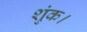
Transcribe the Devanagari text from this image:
शुंक।